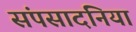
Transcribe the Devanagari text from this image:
संपसादनिया